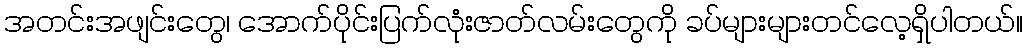
အတင်းအဖျင်းတွေ၊ အောက်ပိုင်းပြက်လုံးဇာတ်လမ်းတွေကို ခပ်များများတင်လေ့ရှိပါတယ်။